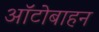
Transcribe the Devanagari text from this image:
ऑटोबाहन